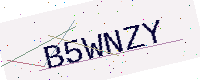
Text: B5WNZY